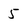
Character: 5